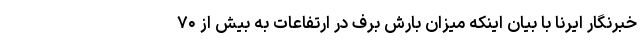
خبرنگار ایرنا با بیان اینکه میزان بارش برف در ارتفاعات به بیش از ۷۰